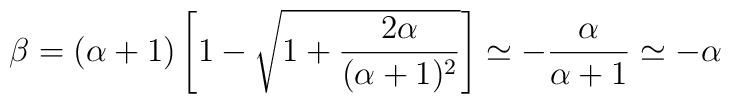
\beta = (\alpha +1) \left [ 1-\sqrt{1+ \frac{ 2 \alpha }{(\alpha +1)^2}}\right ] \simeq - \frac{ \alpha }{\alpha +1} \simeq - \alpha